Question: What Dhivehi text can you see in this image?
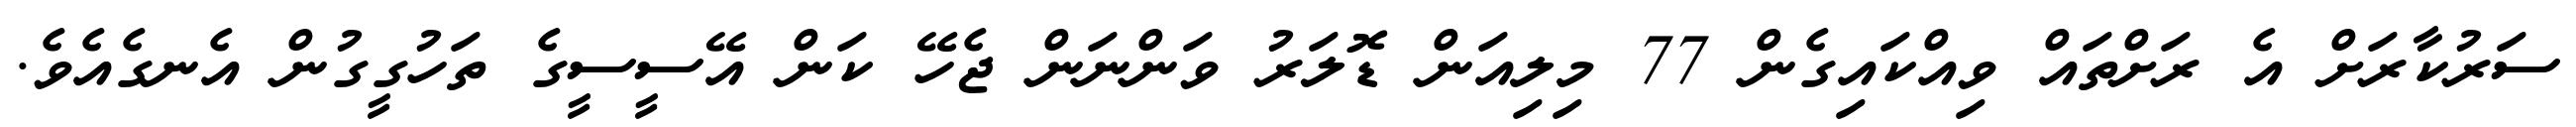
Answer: ސަރުކާރަށް އެ ރަށްތައް ވިއްކައިގެން 77 މިލިއަން ޑޮލަރު ވަންނަން ޖެހޭ ކަން އޭސީސީގެ ތަހުގީގުން އެނގެއެވެ.